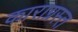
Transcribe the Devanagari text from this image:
काराग्रस्त